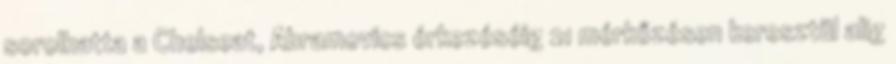
sorolhatta a Chelseat, Abramovics érkezéséig 21 mérkőzésen keresztül alig